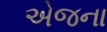
એજના